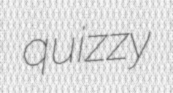
quizzy